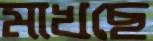
মাখছে